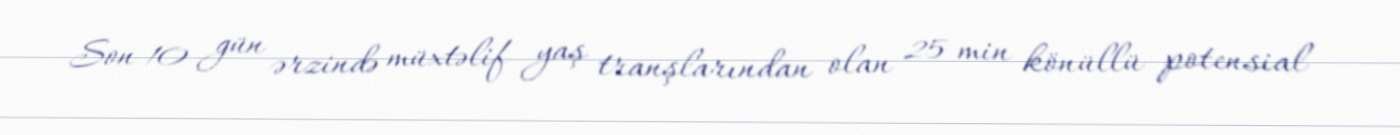
Son 10 gün ərzində müxtəlif yaş tranşlarından olan 25 min könüllü potensial